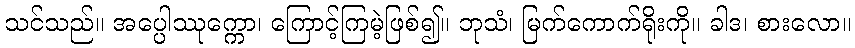
သင်သည်။ အပ္ပေါဿုက္ကော၊ ကြောင့်ကြမဲ့ဖြစ်၍။ ဘုသံ၊ မြက်ကောက်ရိုးကို။ ခါဒ၊ စားလော။